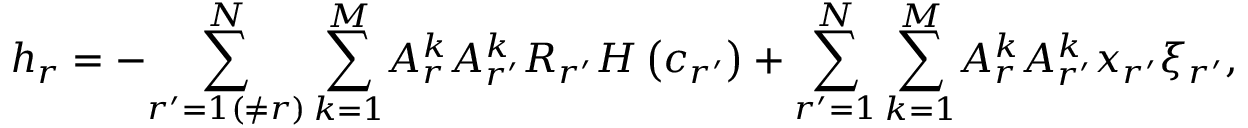
h _ { r } = - { \sum _ { r ^ { \prime } = 1 ( \neq r ) } ^ { N } \sum _ { k = 1 } ^ { M } } A _ { r } ^ { k } A _ { r ^ { \prime } } ^ { k } R _ { r ^ { \prime } } H \left( c _ { r ^ { \prime } } \right) + { \sum _ { r ^ { \prime } = 1 } ^ { N } \sum _ { k = 1 } ^ { M } } A _ { r } ^ { k } A _ { r ^ { \prime } } ^ { k } x _ { r ^ { \prime } } \xi _ { r ^ { \prime } } ,